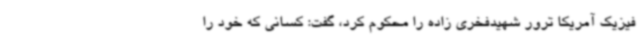
فیزیک آمریکا ترور شهیدفخری زاده را محکوم کرد، گفت: کسانی که خود را